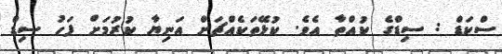
ސްކަޑް : ސިޑްގެ ކުއްތާ އެވެ. ކުޅޭތަކެއްޗަށް އަނިޔާ ކުރުމަށް ފަހު ސިޑް